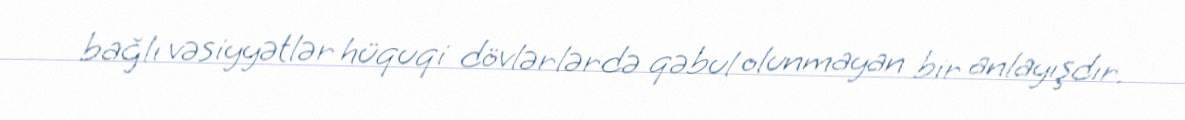
bağlı vəsiyyətlər hüquqi dövlərlərdə qəbul olunmayan bir anlayışdır.